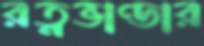
রত্নভাণ্ডার